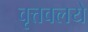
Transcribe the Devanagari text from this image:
वृत्तवलये